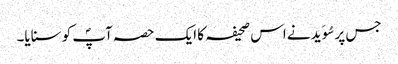
جس پر سُوَید نے اس صحیفہ کا ایک حصہ آپؐ کو سنایا۔